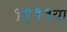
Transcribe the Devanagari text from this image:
१९११या